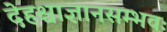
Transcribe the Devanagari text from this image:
देहश्चाज्ञानसम्भवः